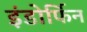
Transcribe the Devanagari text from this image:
इंडोर्फिन